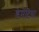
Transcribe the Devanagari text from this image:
डेमेंटिया